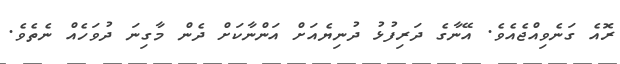
ރޮއެ ގަނެވިއްޖެއެވެ. އޭނާގެ ދަރިފުޅު ދުނިޔެއަށް އަންނާކަށް ދެން މާގިނަ ދުވަހެއް ނެތެވެ.